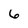
Character: 6